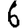
Digit: 6